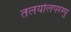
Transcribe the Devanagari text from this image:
तलयोलपरम्पु